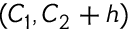
( C _ { 1 } , C _ { 2 } + h )